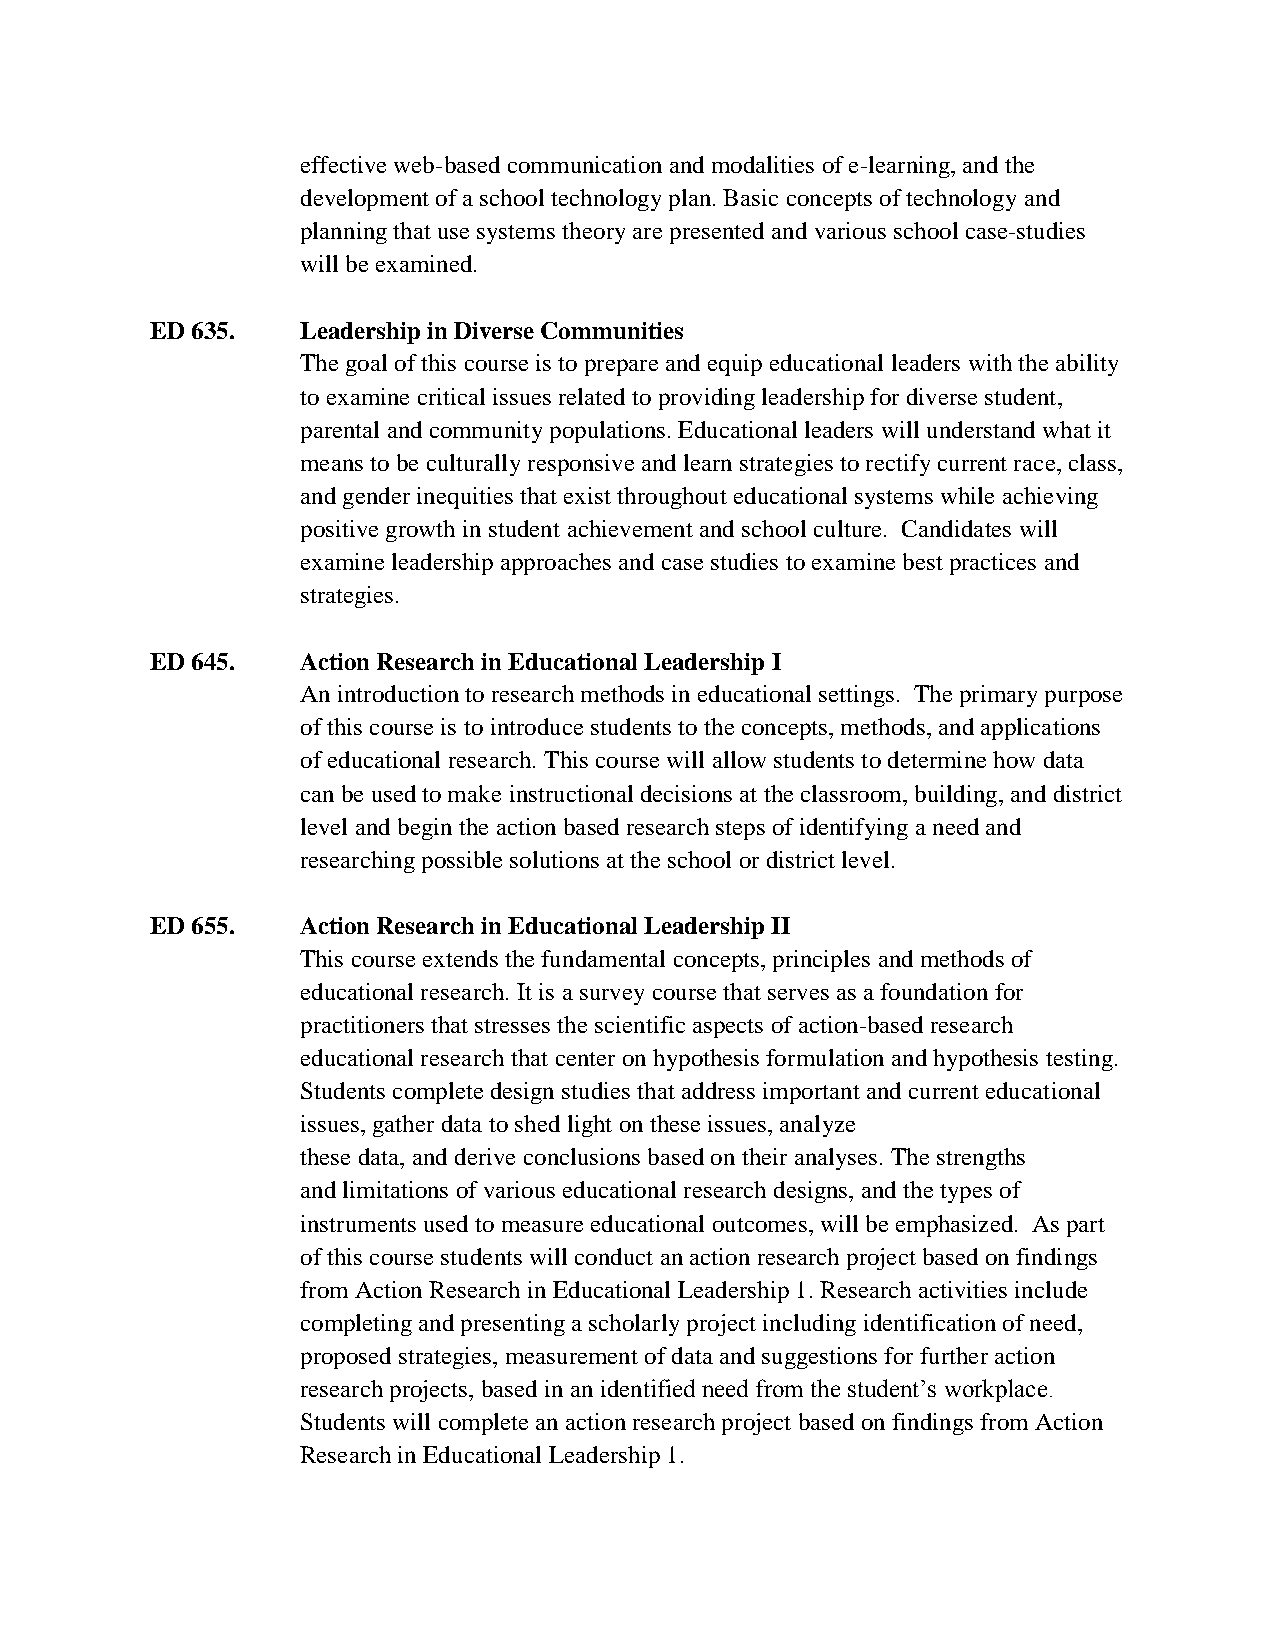
effective web-based communication and modalities of e-learning, and the
 development of a school technology plan. Basic concepts of technology and
 planning that use systems theory are presented and various school case-studies
 will be examined.
 ED 635.   Leadership in Diverse Communities
 The goal of this course is to prepare and equip educational leaders with the ability
 to examine critical issues related to providing leadership for diverse student,
 parental and community populations. Educational leaders will understand what it
 means to be culturally responsive and learn strategies to rectify current race, class,
 and gender inequities that exist throughout educational systems while achieving
 positive growth in student achievement and school culture. Candidates will
 examine leadership approaches and case studies to examine best practices and
 strategies.
 ED 645.   Action Research in Educational Leadership I
 An introduction to research methods in educational settings. The primary purpose
 of this course is to introduce students to the concepts, methods, and applications
 of educational research. This course will allow students to determine how data
 can be used to make instructional decisions at the classroom, building, and district
 level and begin the action based research steps of identifying a need and
 researching possible solutions at the school or district level.
 ED 655.   Action Research in Educational Leadership II
 This course extends the fundamental concepts, principles and methods of
 educational research. It is a survey course that serves as a foundation for
 practitioners that stresses the scientific aspects of action-based research
 educational research that center on hypothesis formulation and hypothesis testing.
 Students complete design studies that address important and current educational
 issues, gather data to shed light on these issues, analyze
 these data, and derive conclusions based on their analyses. The strengths
 and limitations of various educational research designs, and the types of
 instruments used to measure educational outcomes, will be emphasized. As part
 of this course students will conduct an action research project based on findings
 from Action Research in Educational Leadership 1. Research activities include
 completing and presenting a scholarly project including identification of need,
 proposed strategies, measurement of data and suggestions for further action
 research projects, based in an identified need from the student’s workplace.
 Students will complete an action research project based on findings from Action
 Research in Educational Leadership 1.